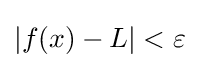
|f(x)-L|<\varepsilon